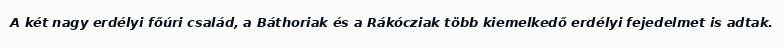
A két nagy erdélyi főúri család, a Báthoriak és a Rákócziak több kiemelkedő erdélyi fejedelmet is adtak.